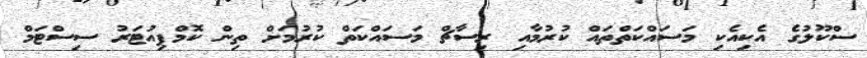
ސްކޫލުގެ އެކިއެކި މަސައްކަތްތައް ކުރުމާއި ރިސާޗް މަސައްކަތް ކުރުމަށް ތިން ކޮމްޕިއުޓަރު ސިސްޓަމް